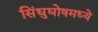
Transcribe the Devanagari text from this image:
सिंधुघोषमध्ये